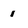
Character: 1